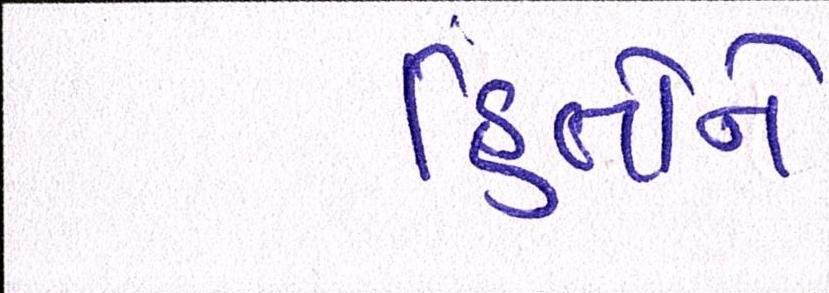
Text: હિતોને